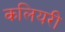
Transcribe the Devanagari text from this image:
कलियरी